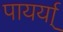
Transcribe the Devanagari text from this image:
पायर्या्